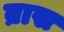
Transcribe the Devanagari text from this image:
व्रास